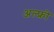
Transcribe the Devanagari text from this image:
अल्फ्रो